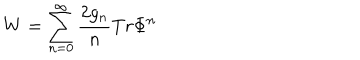
W = \sum _ { n = 0 } ^ { \infty } \frac { 2 g _ { n } } { n } T r \Phi ^ { n }